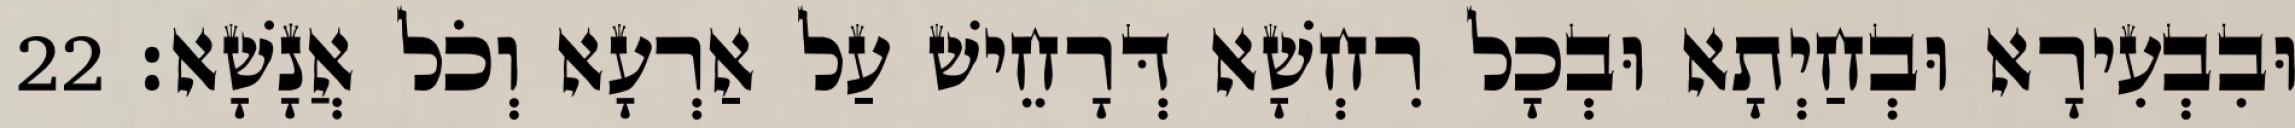
וּבִבְעִירָא וּבְחַיְתָא וּבְכָל רִחְשָׁא דְּרָחֵישׁ עַל אַרְעָא וְכֹל אֲנָשָׁא׃ 22